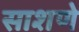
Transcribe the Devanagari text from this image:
साशणे